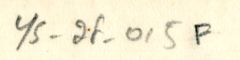
YS_2F_015F